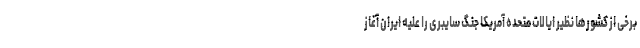
برخی از کشورها نظیر ایالات متحده آمریکا جنگ سایبری را علیه ایران آغاز